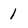
Character: 1